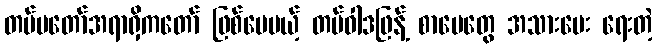
တပ်မတော်အရာရှိကတော် ဖြစ်ပေမယ့် တပ်ဝါဒဖြန့် စာပေတွေ အသားပေး ရေးတဲ့